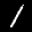
Label: 1